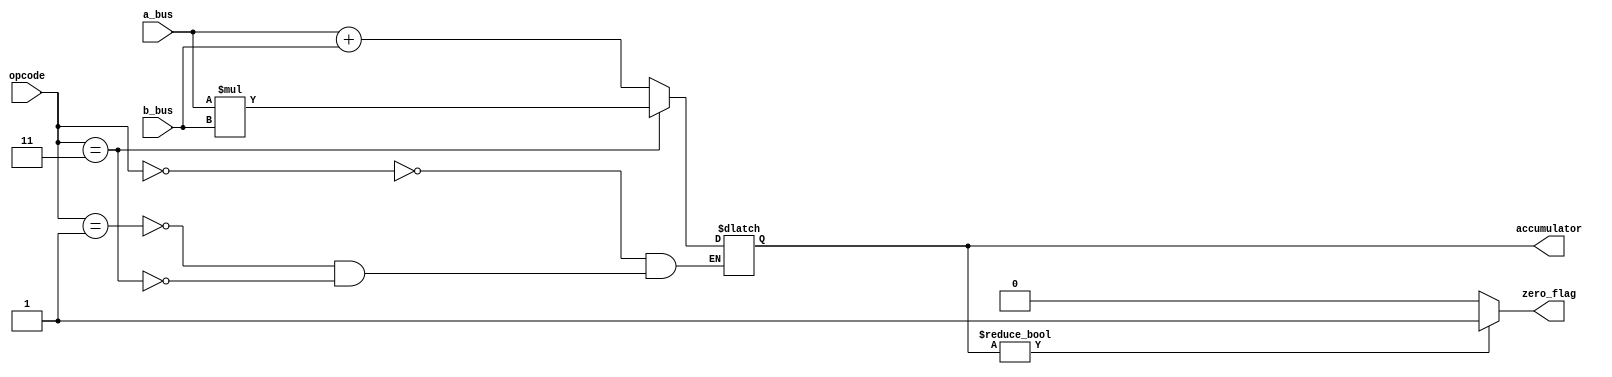
module allu(a_bus,b_bus ,accumulator,zero_flag,opcode);
	input [2:0] opcode;
	input [15:0] a_bus,b_bus;
	output reg [15:0]accumulator;
	output zero_flag;
	
	parameter add=3'b000,sub=3'b001,mul=3'b011;
	always@(*)begin
	case(opcode)
		add:begin
			accumulator=0;
			accumulator= a_bus + b_bus; 
		end
		sub:begin
			accumulator=0;
			accumulator= a_bus + b_bus; 
			end
		mul:accumulator= a_bus*b_bus; 
	endcase
	end
	assign zero_flag=(accumulator) ? 1'b1:1'b0;
	
endmodule